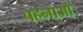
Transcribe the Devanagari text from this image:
पहनाओ